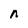
Character: n